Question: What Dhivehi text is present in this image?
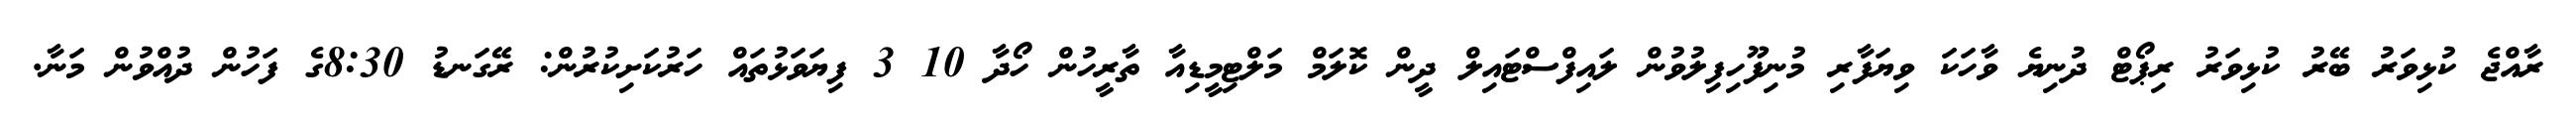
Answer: ރާއްޖެ ކުޅިވަރު ބޭރު ކުޅިވަރު ރިޕޯޓް ދުނިޔެ ވާހަކަ ވިޔަފާރި މުނިފޫހިފިލުވުން ލައިފްސްޓައިލް ދީން ކޮލަމް މަލްޓިމީޑިއާ ތާރީހުން ހޯދާ 10 3 ފިޔަވަޅުތައް ހަރުކަށިކުރުން: ރޭގަނޑު 8:30ގެ ފަހުން ދުއްވުން މަނާ.